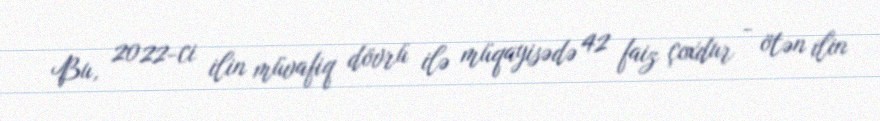
Bu, 2022-ci ilin müvafiq dövrü ilə müqayisədə 42 faiz çoxdur - ötən ilin